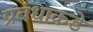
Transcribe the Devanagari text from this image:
प्रबंधाकडे